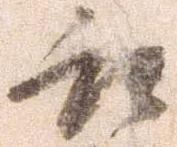
取